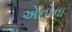
એનોના